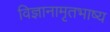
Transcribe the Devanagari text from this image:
विज्ञानामृतभाष्य